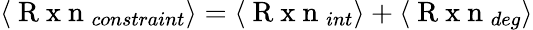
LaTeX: \langle\mathrm{~R~x~n~}_{constraint}\rangle=\langle\mathrm{~R~x~n~}_{int}\rangle+\langle\mathrm{~R~x~n~}_{deg}\rangle